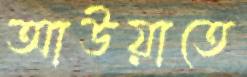
আউয়াতে